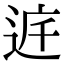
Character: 𨓀